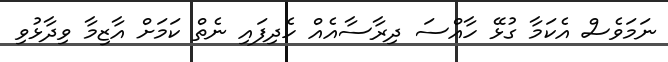
ނަމަވެސް އެކަމާ ގުޅޭ ހާއްސަ ދިރާސާއެއް ހެދިފައި ނެތް ކަމަށް އާޒިމާ ވިދާޅުވި